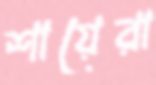
শায়েরা